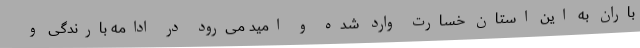
باران به این استان خسارت وارد شده و امید می‌رود در ادامه بارندگی و